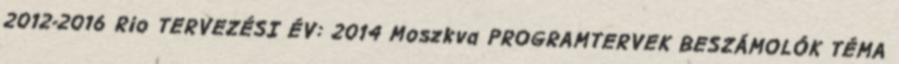
2012-2016 Rio TERVEZÉSI ÉV: 2014 Moszkva PROGRAMTERVEK BESZÁMOLÓK TÉMA